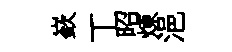
嶔丅昭煉浥